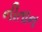
નીતાન